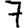
Digit: 7